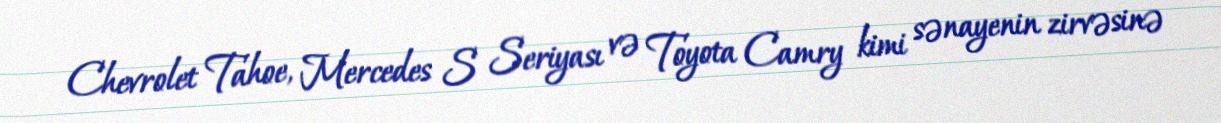
Chevrolet Tahoe, Mercedes S Seriyası və Toyota Camry kimi sənayenin zirvəsinə